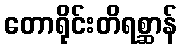
တောရိုင်းတိရစ္ဆာန်